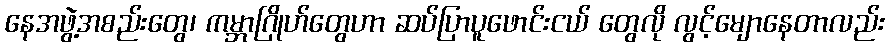
နေအဖွဲ့အစည်းတွေ၊ ကမ္ဘာဂြိုဟ်တွေဟာ ဆပ်ပြာပူဖောင်းငယ် တွေလို လွင့်မျောနေတာလည်း